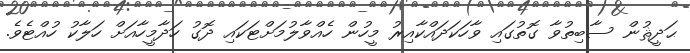
ޙަދީޘުން ސާބިތުވާ ގޮތުގައި ވާހަކަދައްކާއިރު މީހުން ހެއްވާލުމަށްޓަކައި ދޮގު ހަދާމީހާއަށް ހަލާކު ހުއްޓެވެ.